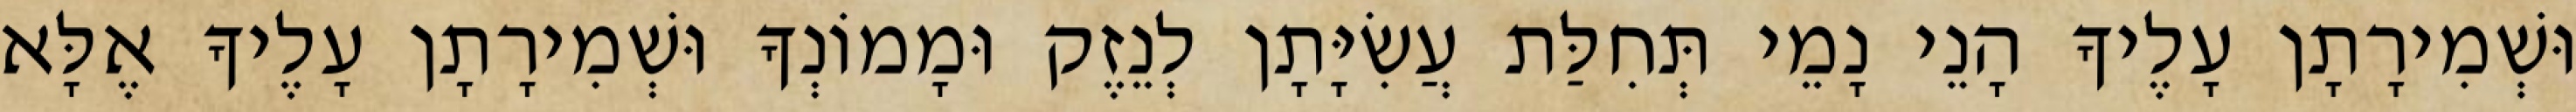
וּשְׁמִירָתָן עָלֶיךָ הָנֵי נָמֵי תְּחִלַּת עֲשִׂיָּתָן לְנֵזֶק וּמָמוֹנְךָ וּשְׁמִירָתָן עָלֶיךָ אֶלָּא